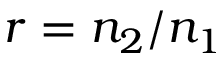
r = n _ { 2 } / n _ { 1 }